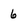
Character: 6